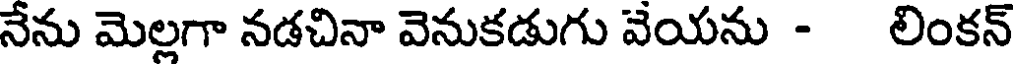
నేను మెల్లగా నడచినా వెనుకడుగు వేయను - లింకన్